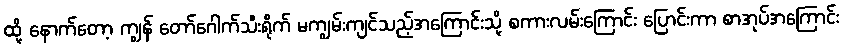
ထို့ နောက်တော့ ကျွန် တော်ဂေါက်သီးရိုက် မကျွမ်းကျင်သည့်အကြောင်းသို့ စကားလမ်းကြောင်း ပြောင်းကာ စာအုပ်အကြောင်း